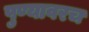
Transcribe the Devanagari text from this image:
पुण्यावरच